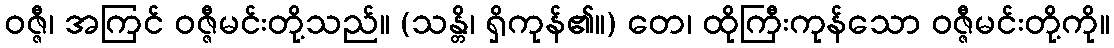
ဝဇ္ဇီ၊ အကြင် ဝဇ္ဇီမင်းတို့သည်။ (သန္တိ၊ ရှိကုန်၏။) တေ၊ ထိုကြီးကုန်သော ဝဇ္ဇီမင်းတို့ကို။